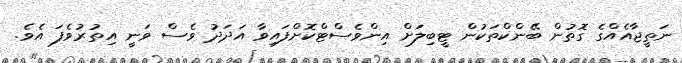
ނަތީޖާއެއްގެ ގޮތުން ބޭންކްތަކުން ޓީބިލަށް އިންވެސްޓްކޮށްފައިވާ އަދަދު ވެސް ވަނީ އިތުރުވެފަ އެވެ.